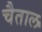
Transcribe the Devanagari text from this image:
चैताल